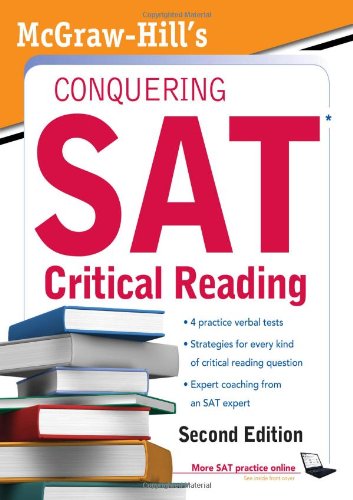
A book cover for McGraw-Hill's Conquering SAT Critical Reading (5 Steps to a 5 on the Advanced Placement Examinations); Nicholas Falletta; Test Preparation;